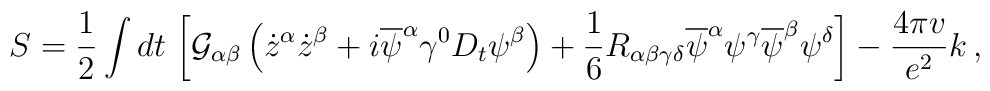
S=\frac{1}{2} \int dt \, \left[ {\cal G}_{\alpha\beta} \left(	{\dot z}^{\alpha}{\dot z}^{\beta}+i{\overline \psi}^{\alpha}	\gamma^{0}D_{t}\psi^{\beta}\right) + \frac{1}{6} 	R_{\alpha\beta\gamma\delta}{\overline \psi}^{\alpha}\psi^{\gamma}	{\overline \psi}^{\beta}\psi^{\delta} \right] -	\frac{4\pi v}{e^{2}}k \, ,